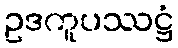
ဥဒကူပဿဋ္ဌံ